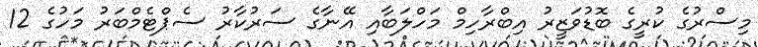
މިސްރުގެ ކުރީގެ ބޮޑުވަޒީރު އިބްރާހިމް މަހްލަބާއި އޭނާގެ ސަރުކާރު ސެޕްޓެމްބަރު މަހުގެ 12